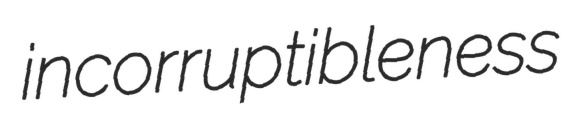
incorruptibleness